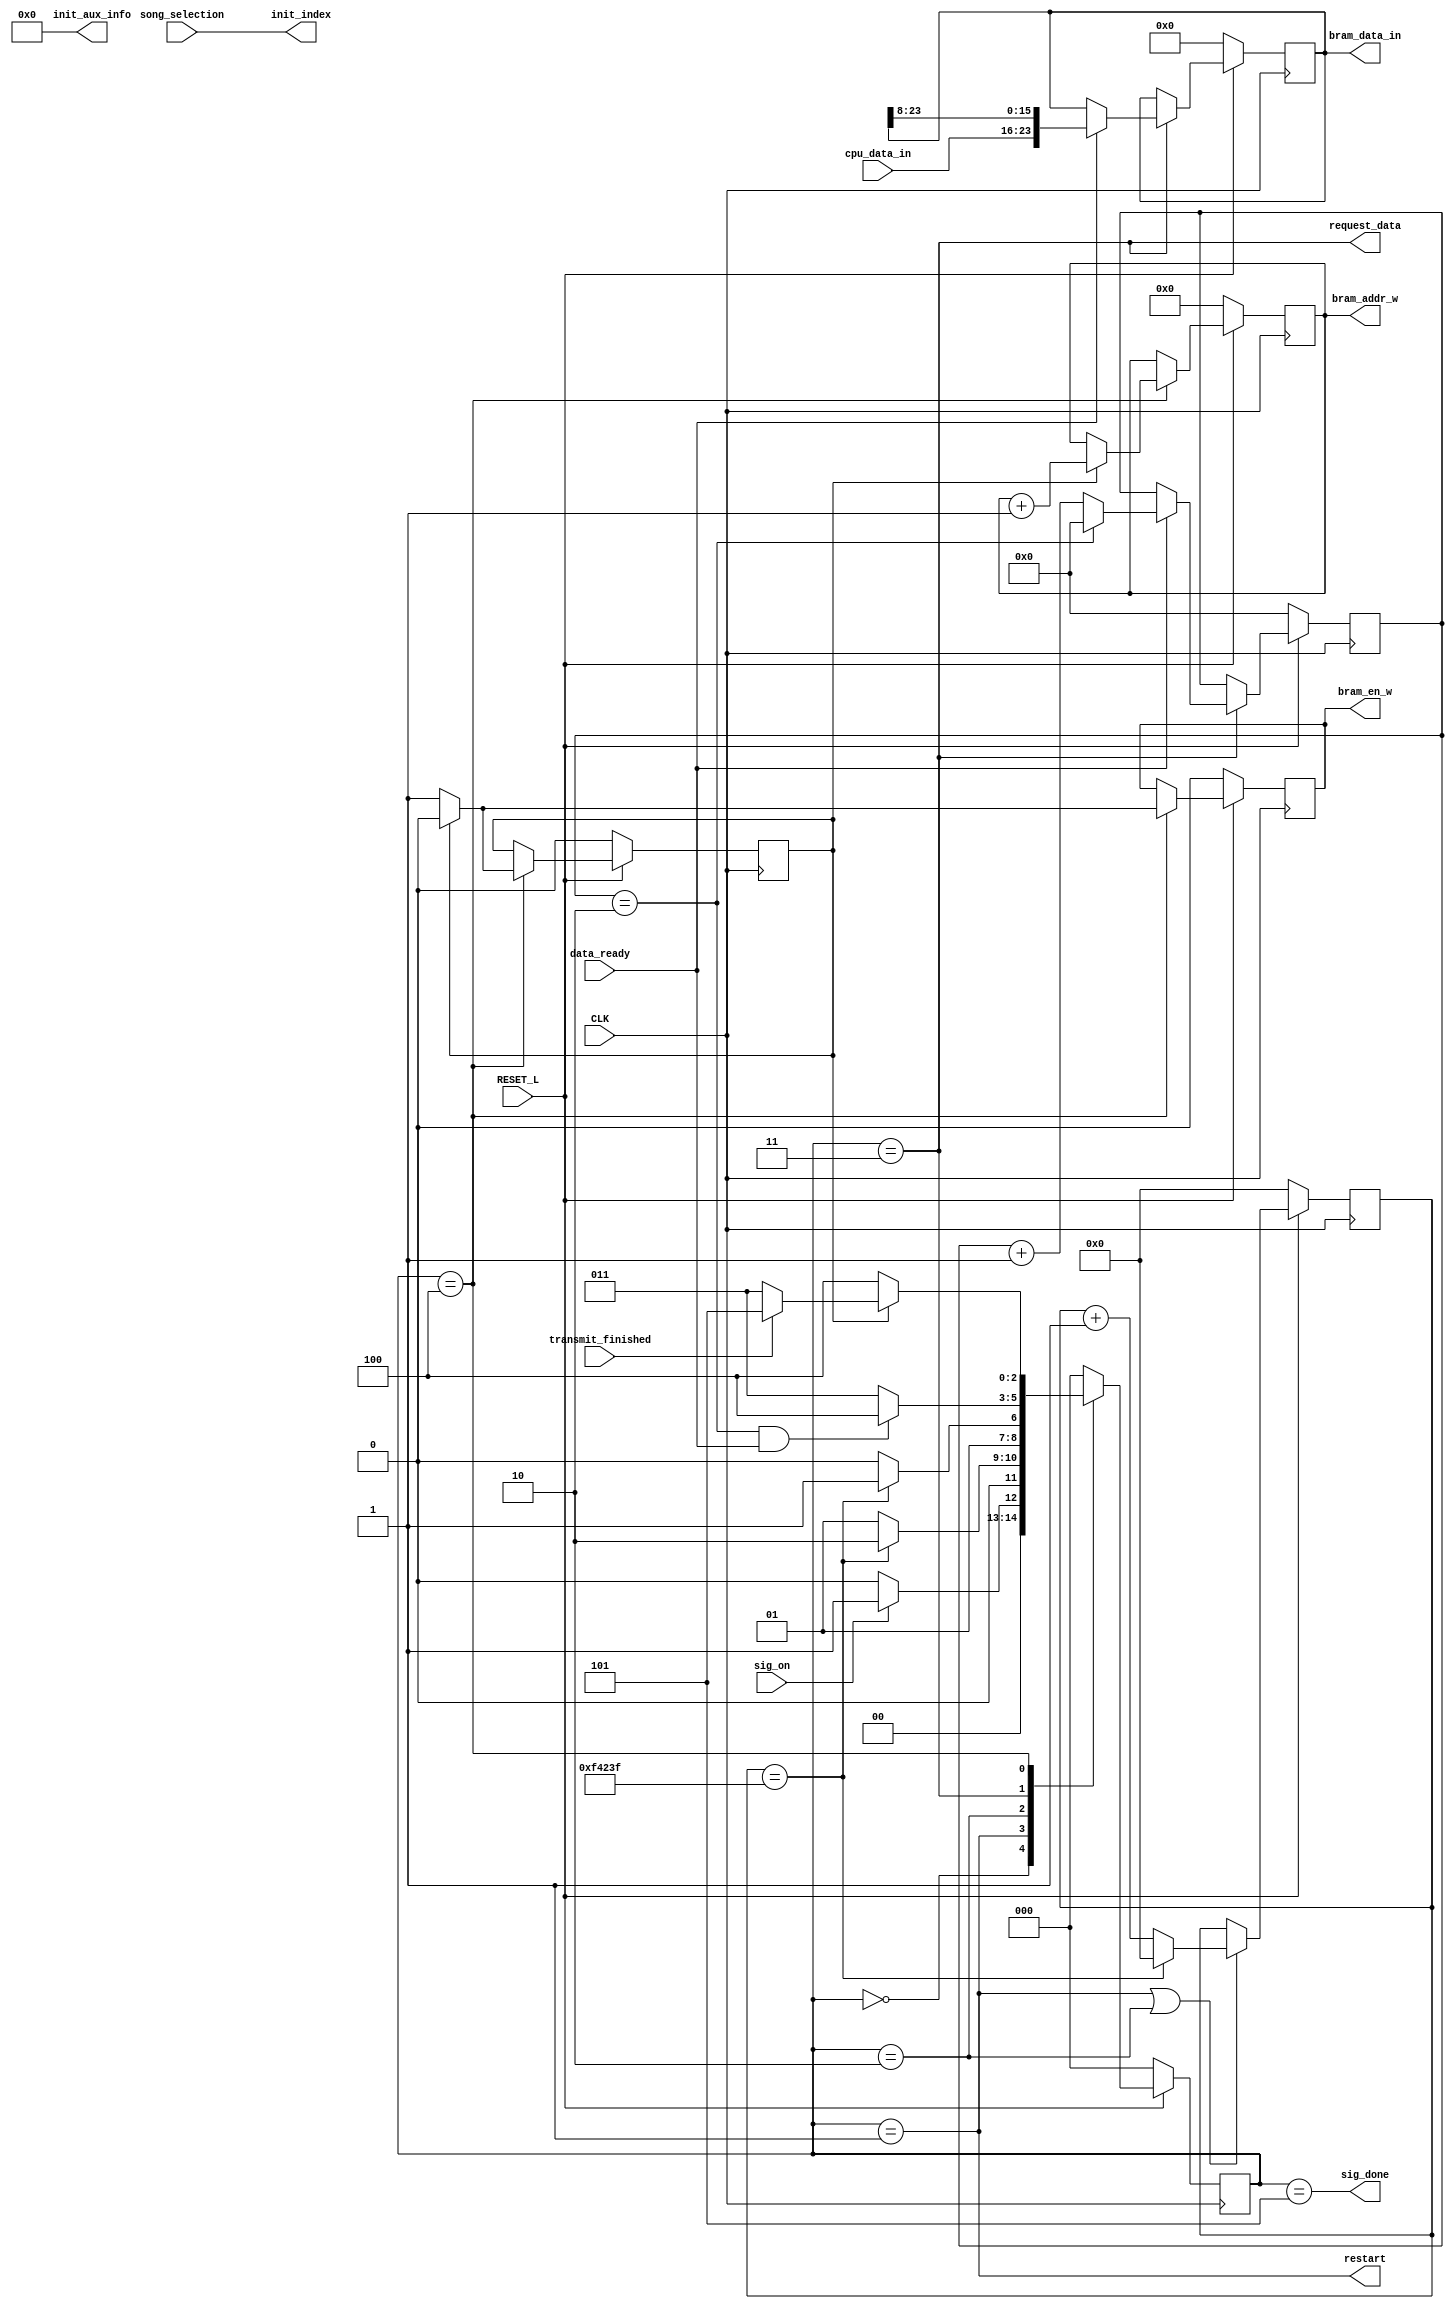
// Copyright (c) UnnamedOrange and Jack-Lyu. Licensed under the MIT License.
// See the LICENSE file in the repository root for full license text.

/// <projectname>mania-to-go</projectname>
/// <modulename>bram_data_loader_t</modulename>
/// <filedescription> SD  BRAM </filedescription>
/// <version>
/// 0.0.1 (UnnamedOrange) : First commit.
/// 0.0.2 (UnnamedOrange) : 
/// </version>

`timescale 1ns / 1ps

module bram_data_loader_t #
(
	parameter addr_width = 13,
	parameter data_width_in_byte = 3,
	parameter [7:0] static_init_aux_info = 8'b00000000,
	parameter restarting_timeout = 1000000
)
(
	// BRAM
	output reg [addr_width - 1 : 0] bram_addr_w,
	output [data_width_in_byte * 8 - 1 : 0] bram_data_in,
	output reg bram_en_w,

	// 
	input sig_on,
	output sig_done,

	// CPU 
	output restart,
	output [7:0] init_index,
	output [7:0] init_aux_info,
	output request_data,
	input data_ready,
	input [7:0] cpu_data_in,
	input transmit_finished,

	// 
	input [7:0] song_selection,

	// 
	input RESET_L,
	input CLK
);

	// 
	localparam state_width = 3;
	localparam [state_width - 1 : 0]
		s_init =       0, // 
		s_restarting = 1, //  CPU 
		s_standby =    2, // 
		s_read =       3, // 
		s_write =      4, //  BRAM
		s_done =       5, // 
		s_unused = 0;
	reg [state_width - 1 : 0] state, n_state;

	// 
	reg [24:0] timer;
	always @(posedge CLK) begin
		if (!RESET_L) begin
			timer <= 0;
		end
		else begin
			if (state == s_restarting || state == s_standby) begin
				if (timer == restarting_timeout - 1)
					timer <= 0;
				else
					timer <= timer + 1;
			end
		end
	end

	// 
	reg [data_width_in_byte * 8 - 1 : 0] cache;
	reg [3:0] dumped;

	// 
	always @(posedge CLK) begin
		if (!RESET_L) begin
			cache <= 0;
			dumped <= 0;
		end
		else begin
			if (state == s_read) begin
				if (data_ready) begin
					if (data_width_in_byte == 1)
						cache <= cpu_data_in;
					else
						cache <= {cpu_data_in, cache[data_width_in_byte * 8 - 1: 8]};
					if (dumped == data_width_in_byte - 1)
						dumped <= 0;
					else
						dumped <= dumped + 1;
				end
			end
		end
	end

	//  BRAM 
	reg hold_on;

	always @(posedge CLK) begin
		if (!RESET_L) begin
			bram_addr_w <= 0;
			bram_en_w <= 0;
			hold_on <= 0;
		end
		else begin
			if (state == s_write) begin
				if (!hold_on) begin
					bram_en_w <= 1;
					hold_on <= 1;
				end
				else begin
					bram_addr_w <= bram_addr_w + 1;
					bram_en_w <= 0;
					hold_on <= 0;
				end
			end
		end
	end

	// 
	always @(posedge CLK) begin
		if (!RESET_L) begin
			state <= s_init;
		end
		else begin
			state <= n_state;
		end
	end

	// 
	always @(*) begin
		case (state)
			s_init:
				n_state = sig_on ? s_restarting : s_init;
			s_restarting:
				n_state = timer == restarting_timeout - 1 ? s_standby : s_restarting;
			s_standby:
				n_state = timer == restarting_timeout - 1 ? s_read : s_standby;
			s_read:
				n_state = dumped == data_width_in_byte - 1 && data_ready ? s_write : s_read;
			s_write:
				n_state = hold_on == 1 ? (transmit_finished ? s_done : s_read) : s_write;
			s_done:
				n_state = s_init;
			default:
				n_state = s_init;
		endcase
	end

	// 
	assign sig_done = state == s_done;
	assign restart = state == s_restarting;
	assign init_index = song_selection;
	assign init_aux_info = static_init_aux_info;
	assign request_data = state == s_read;

	assign bram_data_in = cache;

endmodule